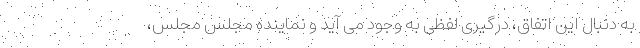
به دنبال این اتفاق، درگیری لفظی به وجود می آید و نماینده مجلس مجلس،